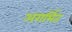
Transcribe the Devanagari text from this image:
अगर्भित